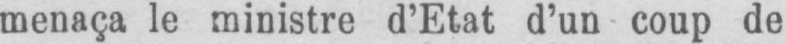
menaça le ministre d’Etat d’un coup de